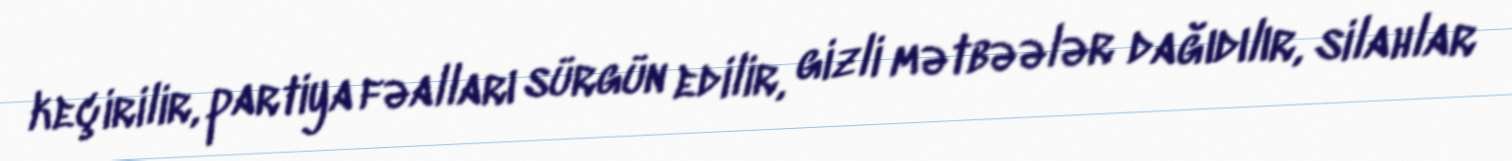
keçirilir, partiya fəalları sürgün edilir, gizli mətbəələr dağıdılır, silahlar